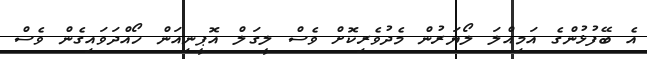
އެ ބޭފުޅުންގެ އަމިއްލަ ލޯޔަރުން މެދުވެރިކޮށް ވެސް ލީގަލް އޮޕީނިއަން ހޯއްދަވައިގެން ވެސް